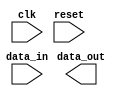
module IO_Block_differential_bidirectional_buffer (
    input  wire        clk,
    input  wire        reset,
    input  wire        data_in,
    output reg         data_out
);

// Your Verilog code for the I/O Blocks differential bidirectional buffer goes here

endmodule